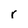
Character: r